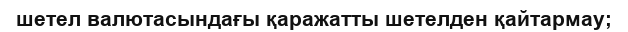
шетел валютасындағы қаражатты шетелден қайтармау;